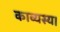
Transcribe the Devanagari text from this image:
काव्यस्य।